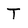
Character: T